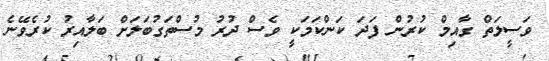
ވަސީލަތް ގާއިމް ކުރުން ފަދަ ކަންކަމަކީ ވެސް ދުރު މުސްތަގުބަލަށް ބަލާއިރު ކުރެވޭނެ